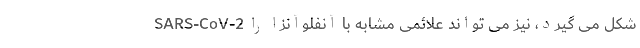
SARS-CoV-2 شکل می گیرد، نیز می تواند علائمی مشابه با آنفلوآنزا را